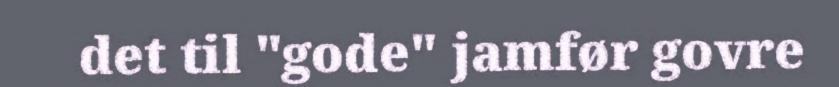
det til "gode" jamfør govre